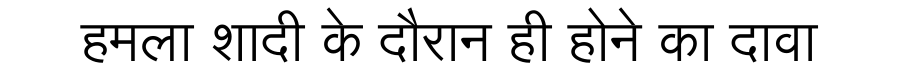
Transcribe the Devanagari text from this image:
हमला शादी के दौरान ही होने का दावा